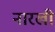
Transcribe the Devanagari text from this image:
नारखी